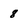
Character: 8